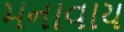
મનાવાય